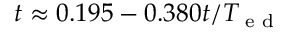
t \approx 0 . 1 9 5 - 0 . 3 8 0 t / T _ { \textrm { e d } }